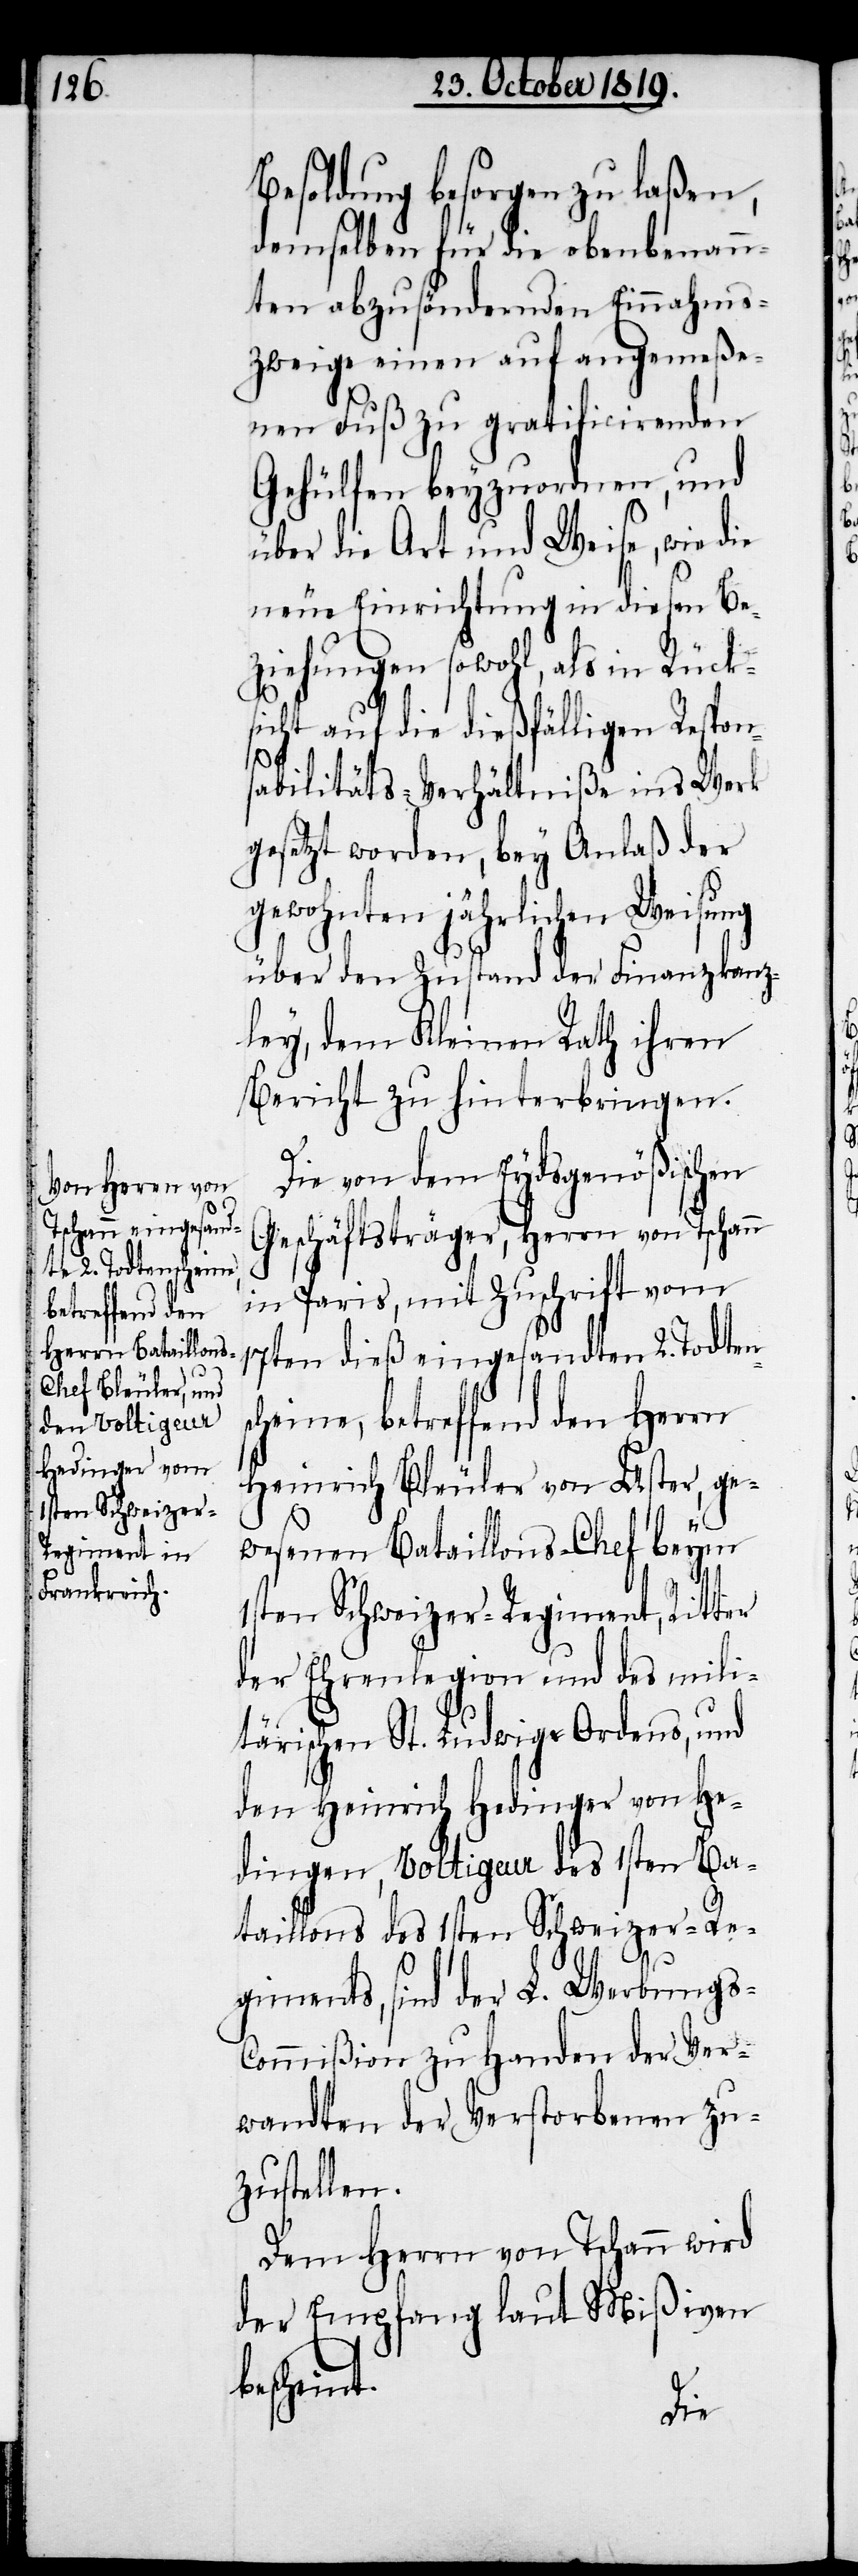
Besoldung besorgen zu laßen,
demselben für die obenbenann¬
ten abzusöndernden Einnahme¬
zweige einen auf angemeße¬
nen Fuß zu gratificirenden
Gehülfen beyzuordnen, und
über die Art und Weise, wie die
neue Einrichtung in diesen Be¬
ziehungen sowohl, als in Rück¬
sicht auf die dießfälligen Respon¬
sabilitäts-Verhältniße ins Werk
gesetzt worden, bey Anlaß der
gewohnten jährlichen Weisung
über den Zustand der Finanzkanz¬
ley, dem Kleinen Rath ihren
Bericht zu hinterbringen.
Die von dem Eydsgenößischen
Geschäftsträger, Herrn von Tschann
in Paris, mit Zuschrift vom
17ten dieß eingesandten 2. Todten¬
cheine, betreffend den Herrn
Heinrich Bleuler von Uster, ge¬
s¬
wesenen Bataillons-Chef beym
1sten Schweizer-Regiment, Ritter
der Ehrenlegion und des mili¬
tärischen St. Ludwig-Ordens, und
den Heinrich Hedinger von He¬
dingen, Voltigeur des 1sten Ba¬
taillons des 1sten Schweizer-Re¬
b¬
giments, sind der L. Werbungs-C¬
ommißion zu Handen der Ver¬
wandten der Verstorbenen zu¬
zustellen.
Dem Herrn von Tschann wird
der Empfang laut Mißiven
escheint.